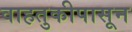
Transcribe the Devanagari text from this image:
वाहतुकीपासून